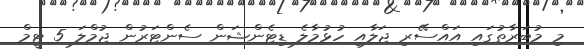
މި މުބަރާތުގައި އައްސޭރި ޖަލާއި ހުޅުމާލެ ޑިޓެންޝަން ސެންޓަރުން ޖުމްލަ 5 ޓީމް